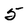
Character: 5